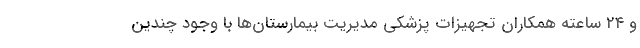
و ۲۴ ساعته همکاران تجهیزات پزشکی مدیریت بیمارستان‌ها با وجود چندین